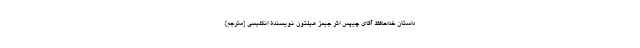
داستان خداحافظ آقای چیپس اثر جیمز هیلتون نویسندۀ انگلیسی [مترجم].